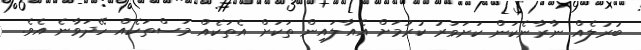
ބުރުލެއް ނާރާނެކަން ކަށަވަރު ކުރުމަށް އެއާލައިން ތަކަށް އެތަކެއް މަސްތަކެއް ހޭދަވާނެ އެވެ.